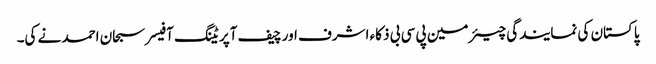
پاکستان کی نمایندگی چیئرمین پی سی بی ذکاء اشرف اور چیف آپریٹنگ آفیسر سبحان احمد نے کی۔